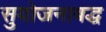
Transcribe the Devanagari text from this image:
सुयोजनाबद्ध